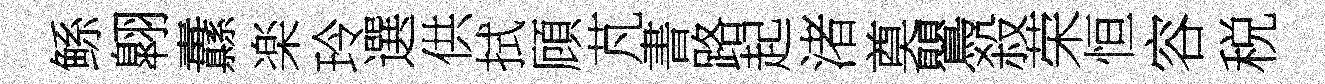
鲧翺纛楽玲選供拭頋芃書路起渚奠鸎殺荣恒容税